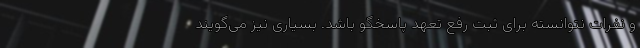
و نفرات نتوانسته برای ثبت رفع تعهد پاسخگو باشد. بسیاری نیز می‌گویند